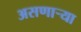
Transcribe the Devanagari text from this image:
असणार्‍या